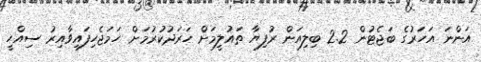
އަންނަ އަހަރުގެ ބަޖެޓުން 2.2 ބިލިއަން ރުފިޔާ ތައުލީމަށް ހަރަދުކުރުމަށް ހަމަޖެހިފައިވާއިރު ސިއްހީ